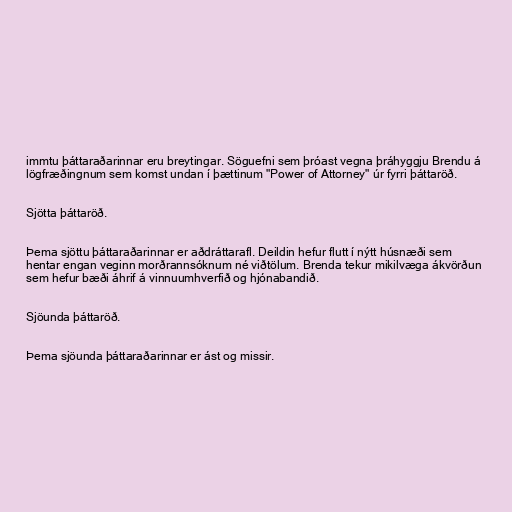
immtu þáttaraðarinnar eru breytingar. Söguefni sem þróast vegna þráhyggju Brendu á
lögfræðingnum sem komst undan í þættinum "Power of Attorney" úr fyrri þáttaröð.

Sjötta þáttaröð.

Þema sjöttu þáttaraðarinnar er aðdráttarafl. Deildin hefur flutt í nýtt húsnæði sem
hentar engan veginn morðrannsóknum né viðtölum. Brenda tekur mikilvæga ákvörðun
sem hefur bæði áhrif á vinnuumhverfið og hjónabandið.

Sjöunda þáttaröð.

Þema sjöunda þáttaraðarinnar er ást og missir.